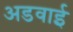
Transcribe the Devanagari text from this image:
अडवाई